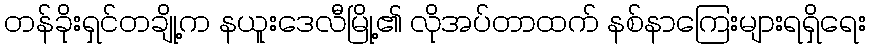
တန်ခိုးရှင်တချို့က နယူးဒေလီမြို့၏ လိုအပ်တာထက် နစ်နာကြေးများရရှိရေး